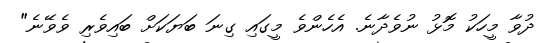
ދުވާ މީހަކު މޮޅު ނުވެދާނެ. އެހެންވެ މީގައި ގިނަ ބަޔަކަށް ބައިވެރި ވެވޭނެ"